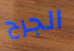
الجرح